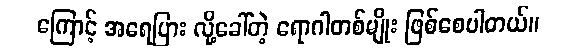
ကြောင့် အရေပြား လို့ခေါ်တဲ့ ရောဂါတစ်မျိုး ဖြစ်စေပါတယ်။